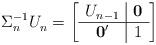
LaTeX: \begin{align*}\Sigma_n^{-1} U_n^{} = \left[ \begin{array}{c|c}U_{n-1} & \mathbf{0} \\\hline \mathbf{0'} & 1\end{array} \right]\end{align*}